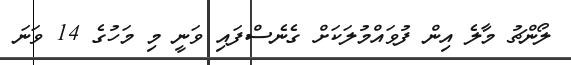
ލޯންޗު މާލެ އިން ފުވައްމުލަކަށް ގެނެސްފައި ވަނީ މި މަހުގެ 14 ވަނަ